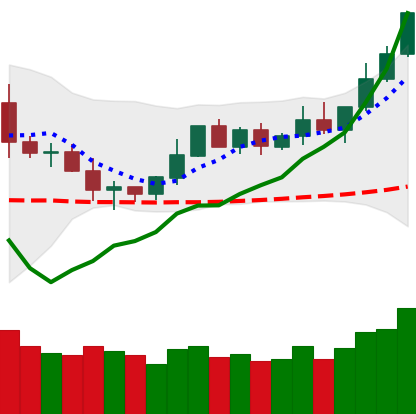
Ticker: DOGE-USD
Chart end date: 2020-02-07
Forward return: 11.701%
Label: up_7plus